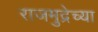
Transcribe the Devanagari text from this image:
राजमुद्रेच्या